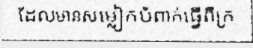
ដែលមានសម្លៀកបំពាក់ធ្វើពីក្រ